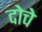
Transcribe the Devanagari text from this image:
दोचे